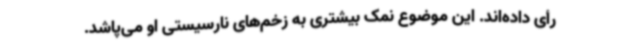
رأی داده‌اند. این موضوع نمک بیشتری به زخم‌های نارسیستی او می‌پاشد.